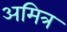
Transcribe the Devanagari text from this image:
अमित्र